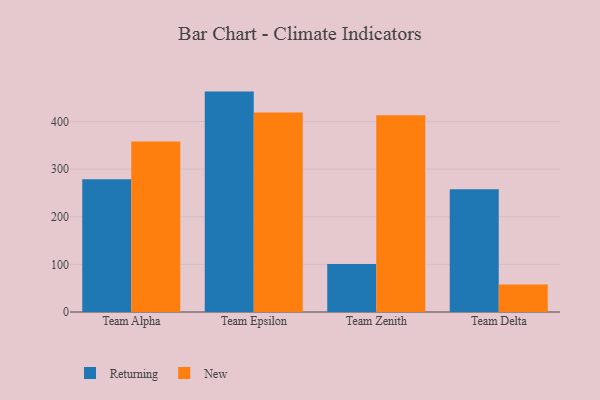
{"axis": {"x": "Team", "y": "Gross Profit (USD K)"}, "legend": ["New", "Returning"], "data": [{"x": "Team Alpha", "y": 279.0, "type": "Returning"}, {"x": "Team Alpha", "y": 358.1, "type": "New"}, {"x": "Team Epsilon", "y": 462.8, "type": "Returning"}, {"x": "Team Epsilon", "y": 419.1, "type": "New"}, {"x": "Team Zenith", "y": 100.8, "type": "Returning"}, {"x": "Team Zenith", "y": 412.9, "type": "New"}, {"x": "Team Delta", "y": 257.6, "type": "Returning"}, {"x": "Team Delta", "y": 57.7, "type": "New"}]}